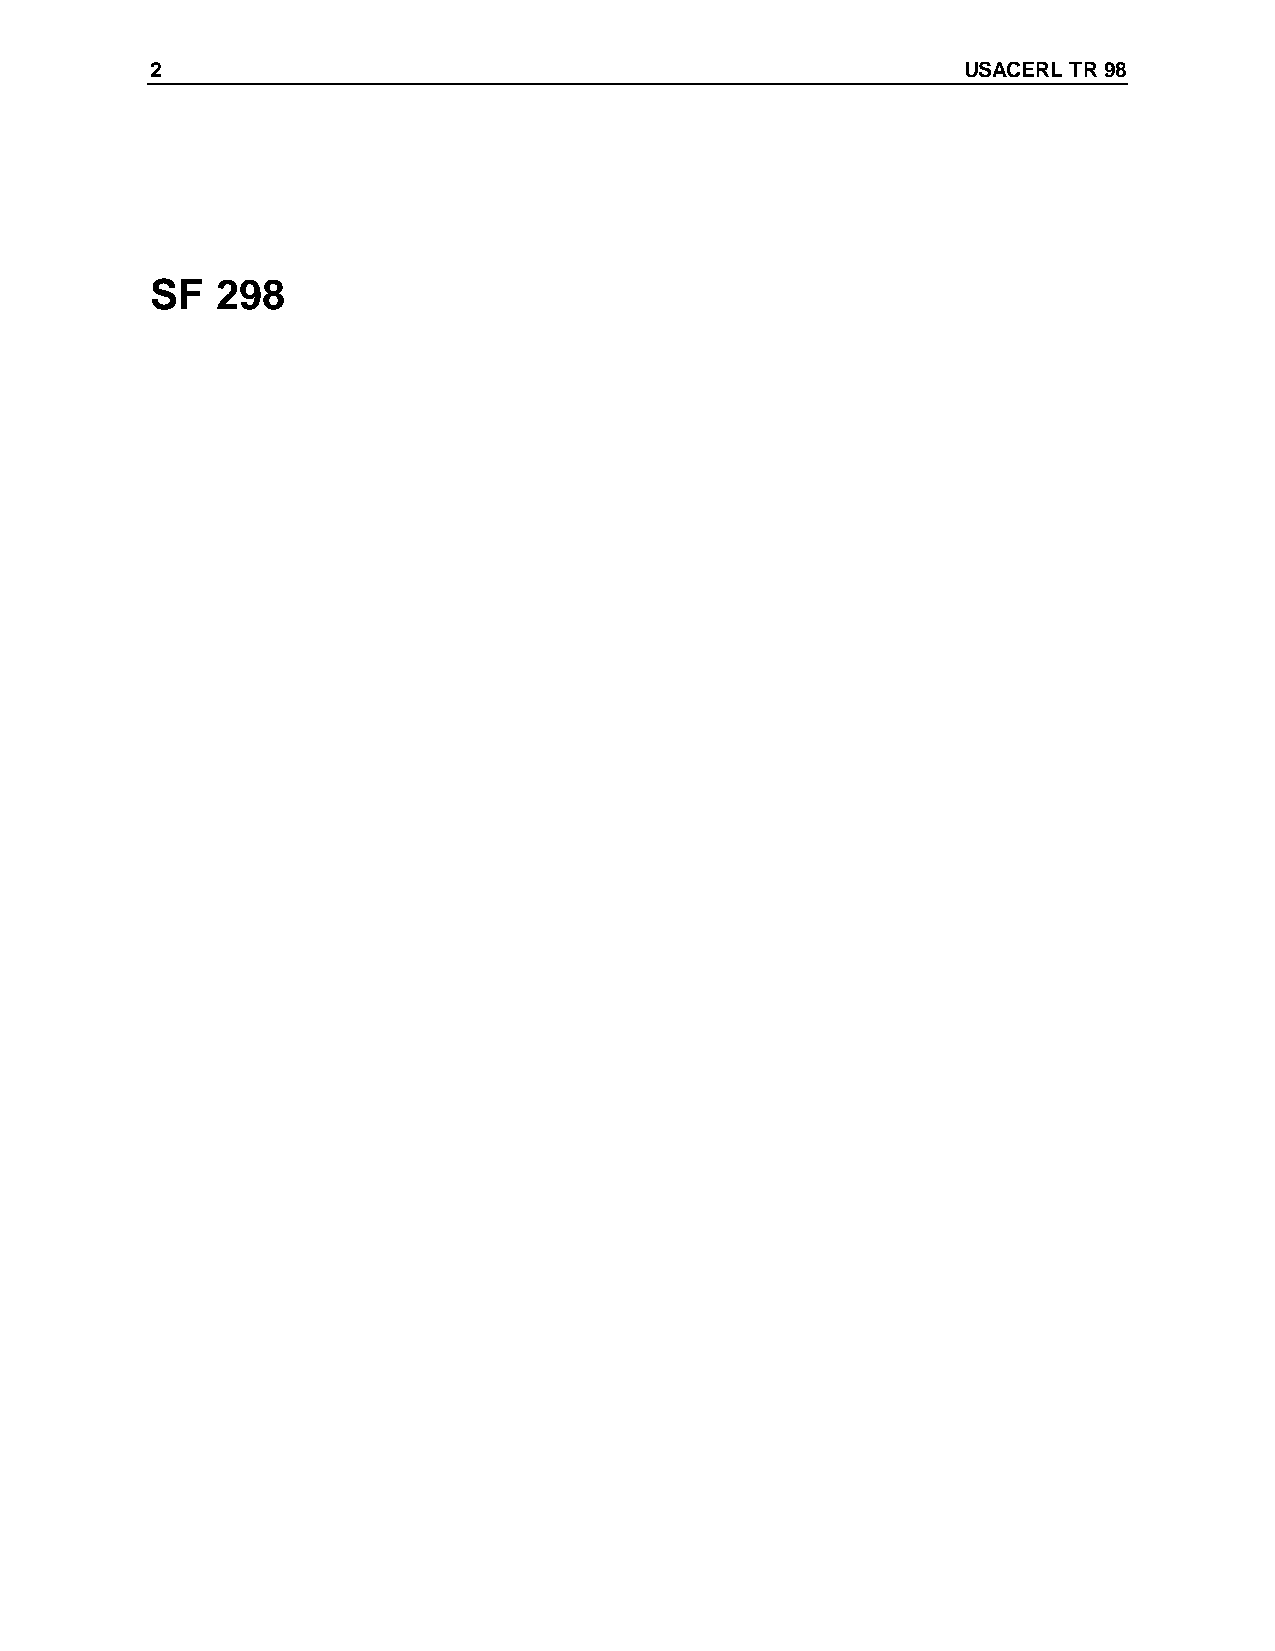
2                                                     USACERL TR 98
 SF  298